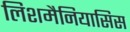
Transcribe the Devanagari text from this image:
लिशमैनियासिस